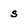
Character: s